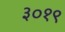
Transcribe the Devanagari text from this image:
३०१९